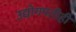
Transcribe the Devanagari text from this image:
उद्योगपतीही